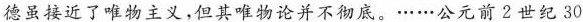
德虽接近了唯物主义，但其唯物论并不彻底。……公元前2世纪30